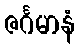
ဇင်္ဂမာနံ